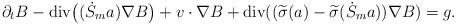
LaTeX: \begin{align*}\partial_t B-\mathrm{div}\big((\dot{S}_m a)\nabla B\big)+v\cdot\nabla B+\mathrm{div}((\widetilde{\sigma}(a)-\widetilde{\sigma}(\dot{S}_m a))\nabla B)=g.\end{align*}